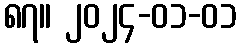
၈၇။ ၂၀၂၄-၀၁-၀၁